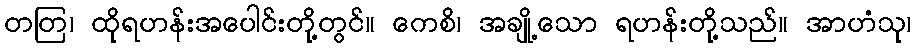
တတြ၊ ထိုရဟန်းအပေါင်းတို့တွင်။ ကေစိ၊ အချို့သော ရဟန်းတို့သည်။ အာဟံသု၊